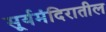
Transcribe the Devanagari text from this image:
सूर्यमंदिरातील